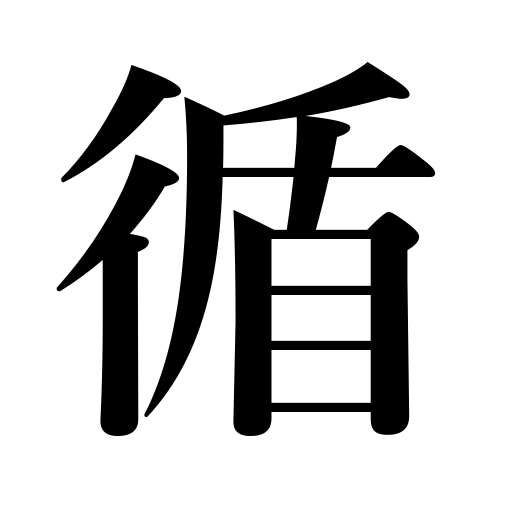
Meanings: follow